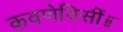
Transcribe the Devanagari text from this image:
कवणेविसीं॥